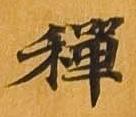
禅